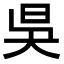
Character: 𣅳